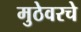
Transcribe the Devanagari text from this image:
मुठेवरचे